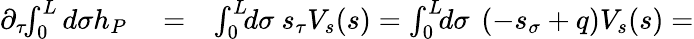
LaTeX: \begin{array}{rlr}{\partial_{\tau}\! \! \int_{0}^{L}d\sigma h_{P}}&{{}=}&{\int_{0}^{L}\! \! d\sigma~s_{\tau}V_{s}(s)=\int_{0}^{L}\! \! d\sigma~\left(-s_{\sigma}+q\right)V_{s}(s)=}\end{array}